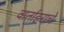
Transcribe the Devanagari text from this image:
वार्ताहराचे